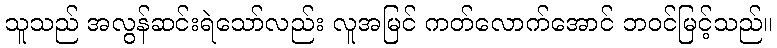
သူသည် အလွန်ဆင်းရဲသော်လည်း လူအမြင် ကတ်လောက်အောင် ဘဝင်မြင့်သည်။